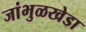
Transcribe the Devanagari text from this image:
जांभुळखेडा